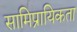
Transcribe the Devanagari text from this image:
सामिप्रायिकता